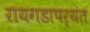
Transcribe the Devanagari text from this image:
रायगडापर्यंत